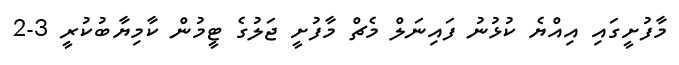
މާފުށީގައި އިއްޔެ ކުޅުނު ފައިނަލް މެޗް މާފުށީ ޖަލުގެ ޓީމުން ކާމިޔާބުކުރީ 3-2